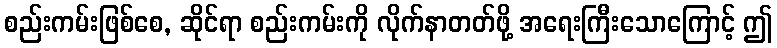
စည်းကမ်းဖြစ်စေ, ဆိုင်ရာ စည်းကမ်းကို လိုက်နာတတ်ဖို့ အရေးကြီးသောကြောင့် ဤ